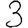
Digit: 3